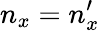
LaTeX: n_{x}=n_{x}^{\prime}